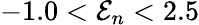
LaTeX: -1.0<\mathcal{E}_{n}<2.5